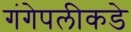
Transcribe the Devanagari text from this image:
गंगेपलीकडे